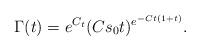
LaTeX: \begin{align*}\Gamma(t)= e^{C_t} (C s_0 t)^{e^{-Ct(1 + t)}}.\end{align*}